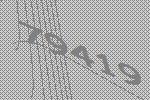
79419